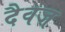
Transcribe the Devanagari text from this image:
दैवज